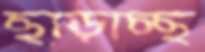
ছাড়াচ্ছ